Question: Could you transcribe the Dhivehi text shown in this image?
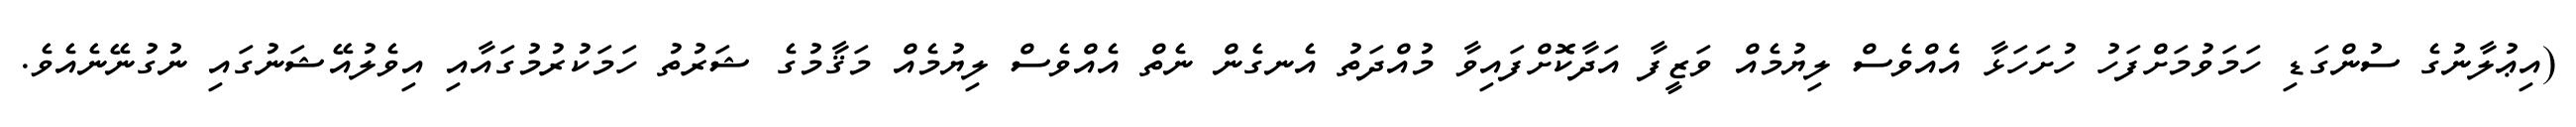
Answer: (އިޢުލާނުގެ ސުންގަޑި ހަމަވުމަށްފަހު ހުށަހަޅާ އެއްވެސް ލިޔުމެއް ވަޒީފާ އަދާކޮށްފައިވާ މުއްދަތު އެނގެން ނެތް އެއްވެސް ލިޔުމެއް މަޤާމުގެ ޝަރުތު ހަމަކުރުމުގައާއި އިވެލުއޭޝަނުގައި ނުގުނޭނެއެވެ.